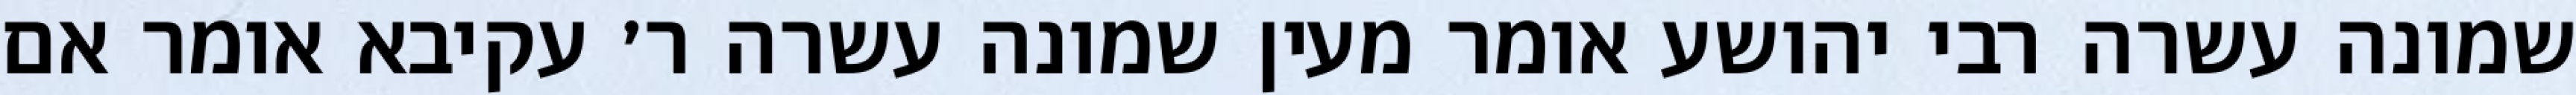
שמונה עשרה רבי יהושע אומר מעין שמונה עשרה ר׳ עקיבא אומר אם